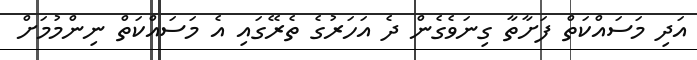
އަދި މަސައްކަތް ފަށާތާ ގިނަވެގެން ދެ އަހަރުގެ ތެރޭގައި އެ މަސައްކަތް ނިންމުމަށް